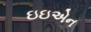
ઇઇએન